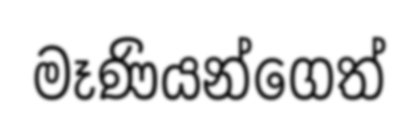
මෑණියන්ගෙත්